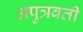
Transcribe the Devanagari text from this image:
अपुत्रवती